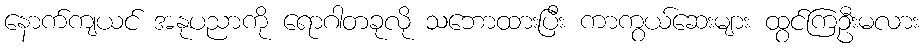
နောက်ကျယင် အနုပညာကို ရောဂါတခုလို သဘောထားပြီး ကာကွယ်ဆေးများ ထွင်ကြဦးမလား